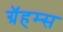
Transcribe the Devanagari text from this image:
ग्रॅहम्स